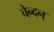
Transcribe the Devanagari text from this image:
चेन्दन्